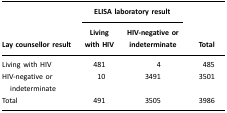
|  | <COLSPAN=2> ELISA laboratory result |  |
 | Lay counsellor result | Living with HIV | HIV-negative or indeterminate | Total |
 | --- | --- | --- | --- |
 | Living with HIV | 481 | 4 | 485 |
 | HIV-negative or indeterminate | 10 | 3491 | 3501 |
 | Total | 491 | 3505 | 3986 |